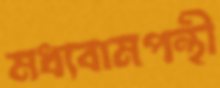
মধ্যবামপন্থী